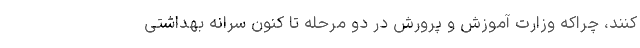
کنند، چراکه وزارت آموزش و پرورش در دو مرحله تا کنون سرانه بهداشتی